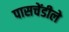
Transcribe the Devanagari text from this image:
पासचेंडीले